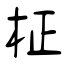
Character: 柾